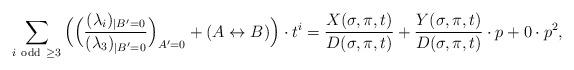
LaTeX: \begin{align*} \sum_{i\mathrm{\ odd\ }\geq 3}\Big(\Big({(\lambda_i)_{|B'=0}\over (\lambda_3)_{|B'=0}}\Big)_{A'=0}+(A\leftrightarrow B)\Big)\cdot t^i={X(\sigma,\pi,t)\over D(\sigma,\pi,t)}+{Y(\sigma,\pi,t)\over D(\sigma,\pi,t)}\cdot p+0\cdot p^2, \end{align*}